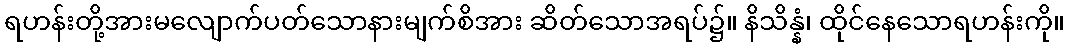
ရဟန်းတို့အားမလျောက်ပတ်သောနားမျက်စိအား ဆိတ်သောအရပ်၌။ နိသိန္နံ၊ ထိုင်နေသောရဟန်းကို။